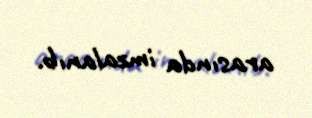
arasında imzalanıb.